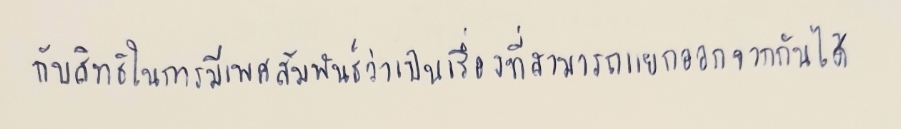
กับสิทธิในการมีเพศสัมพันธ์ว่าเป็นเรื่องที่สามารถแยกออกจากกันได้